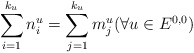
\begin{align*}\sum _{i=1}^{k_u} n_i^u =\sum _{j=1}^{k_u} m_j^u (\forall u\in E^{0,0})\end{align*}